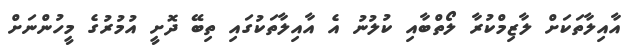
އާއިލާތަކަށް ލާޒިމްކުރާ ލޯޯތްބާއި ކުލުނު އެ އާއިލާތަކުގައި ތިބޭ ދޮށީ އުމުރުގެ މީހުންނަށް